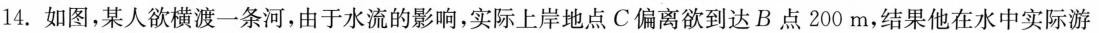
14.如图，某人欲横渡一条河，由于水流的影响，实际上岸地点C偏离欲到达B点200m，结果他在水中实际游